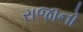
રાજાનો